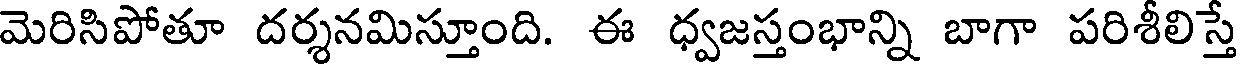
మెరిసిపోతూ దర్శనమిస్తూంది. ఈ ధ్వజస్తంభాన్ని బాగా పరిశీలిస్తే